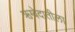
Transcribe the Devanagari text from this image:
ऋग्वेदातीला